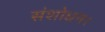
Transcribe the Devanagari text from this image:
संशोधन।